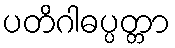
ပတိဂါဓပ္ပတ္တာ